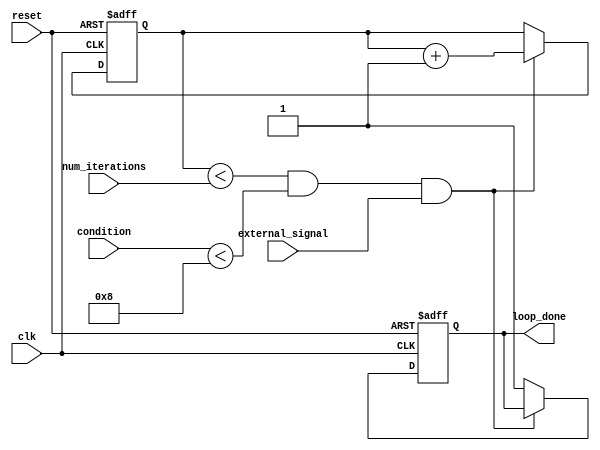
module loop_with_multiple_iterators (
    input clk,
    input reset,
    input [3:0] num_iterations,
    input [7:0] condition,
    input external_signal,
    output reg loop_done
);

reg [3:0] iterator1;
reg [3:0] iterator2;

always @(posedge clk or posedge reset) begin
    if (reset) begin
        iterator1 <= 0;
        iterator2 <= 0;
        loop_done <= 0;
    end else begin
        if (iterator1 < num_iterations && condition < 8 && external_signal == 1) begin
            // Behavioral statements to be executed in the loop
            // Adjust as needed
            // Example: output <= input1 + input2
            iterator1 <= iterator1 + 1;
            iterator2 <= condition + 1;
        end else begin
            loop_done <= 1;
        end
    end
end

endmodule